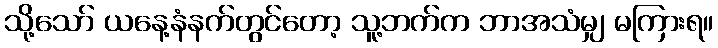
သို့သော် ယနေ့နံနက်တွင်တော့ သူ့ဘက်က ဘာအသံမျှ မကြားရ။